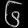
Digit: ၆